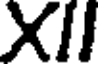
XII